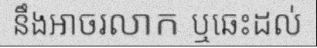
នឹងអាចរលាក ឬឆេះដល់